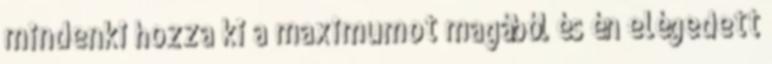
mindenki hozza ki a maximumot magából és én elégedett